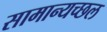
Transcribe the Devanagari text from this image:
सामान्यच्छल